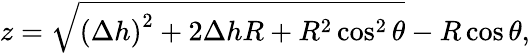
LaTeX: z=\sqrt{\left(\Delta h\right)^{2}+2\Delta hR+R^{2}\cos^{2}\theta}-R\cos\theta,